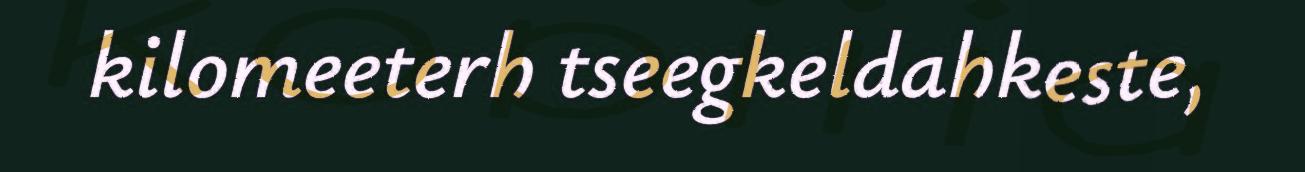
kilomeeterh tseegkeldahkeste,